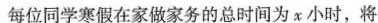
每位同学寒假在家做家务的总时间为x小时，将